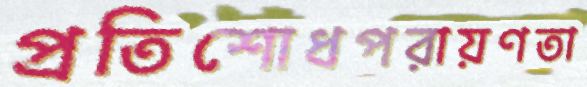
প্রতিশোধপরায়ণতা